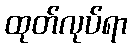
ထုတ်လုပ်ရာ